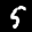
Label: 5